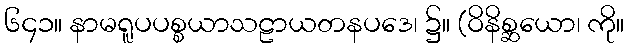
၆၄၁။ နာမရူပပစ္စယာသဠာယတနပဒေ၊ ၌။ (ဝိနိစ္ဆယော၊ ကို။